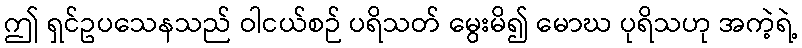
ဤ ရှင်ဥပသေနသည် ဝါငယ်စဉ် ပရိသတ် မွေးမိ၍ မောဃ ပုရိသဟု အကဲ့ရဲ့